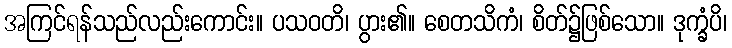
အကြင်ရန်သည်လည်းကောင်း။ ပသဝတိ၊ ပွား၏။ စေတသိကံ၊ စိတ်၌ဖြစ်သော။ ဒုက္ခံပိ၊